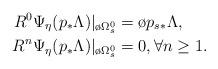
LaTeX: \begin{align*}R^0\Psi_\eta(p_*\Lambda)|_{\o{\Omega}_s^0} &=\o{p}_{s*}\Lambda,\\R^n\Psi_\eta(p_*\Lambda)|_{\o{\Omega}_s^0} &=0, \forall n\geq 1. \end{align*}